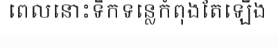
ពេលនោះទឹកទន្លេកំពុងតែឡើង